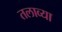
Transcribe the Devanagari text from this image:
तलाव्या